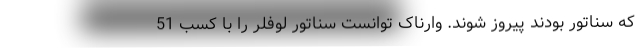
که سناتور بودند پیروز شوند. وارناک توانست سناتور لوفلر را با کسب 51